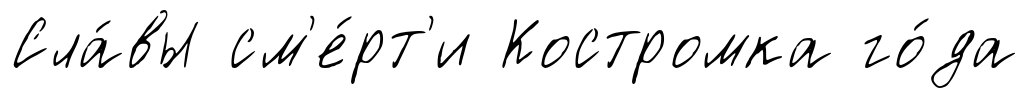
Сла́вы см'е́рт'и Костромка го́да